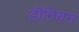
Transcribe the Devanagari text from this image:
हीनियन